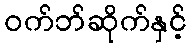
ဝက်ဘ်ဆိုက်နှင့်